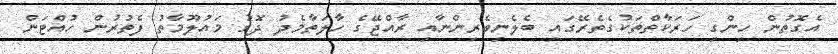
އެގޮތުން ހިންގި ހަރަކާތްތަކުގެތެރޭގައި ބެލެނިވެރިންނާއި ރާއްޖޭގެ ހާލަތާމެދު ދޮގު މައުލޫމާތު ފެތުރުން ހުއްޓަން